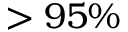
> 9 5 \%